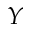
Y